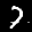
Label: 7